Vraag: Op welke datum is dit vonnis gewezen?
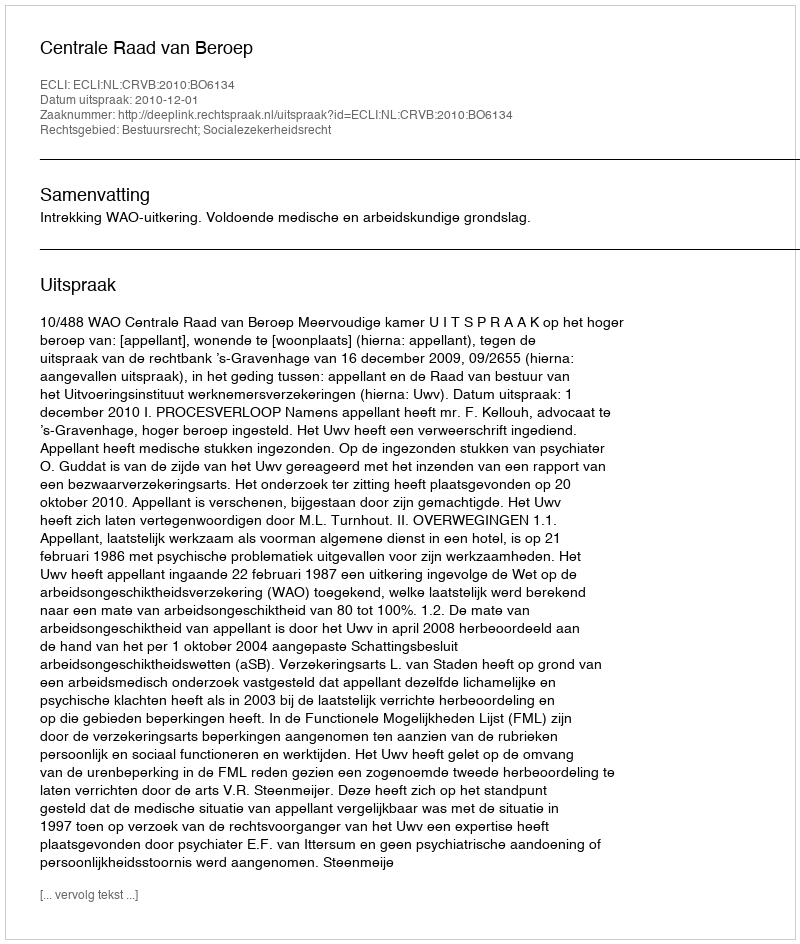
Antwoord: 2010-12-01